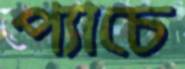
প্যাচে